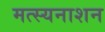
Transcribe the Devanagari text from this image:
मत्स्यनाशन